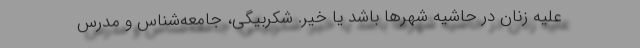
عليه زنان در حاشيه شهرها باشد يا خير. شكربيگي، جامعه‌شناس و مدرس